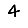
Digit: 4